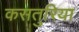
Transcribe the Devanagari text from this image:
कसतुरिया